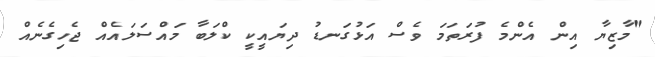
"މާޒިޔާ އިން އެންމެ ފުރަތަމަ ވެސް އަޅުގަނޑު ދިޔައީކީ ކްލަބާ މައްސަލައެއް ޖެހިގެނެއް